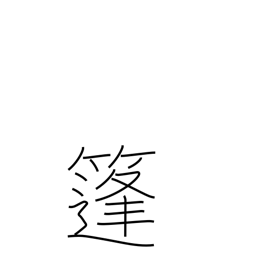
Meaning: woven rush awning